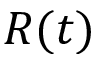
R ( t )